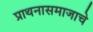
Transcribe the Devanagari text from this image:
प्राथनासमाजाचे